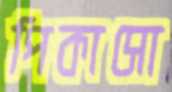
পিকাসো